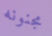
مجنونه